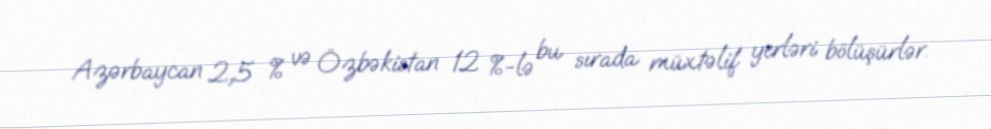
Azərbaycan 2,5 % və Özbəkistan 12 %-lə bu sırada müxtəlif yerləri bölüşürlər.